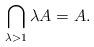
LaTeX: \begin{align*}\bigcap_{\lambda>1}\lambda A=A.\end{align*}